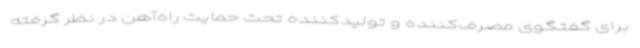
برای گفتگوی مصرف‌کننده و تولیدکننده تحت حمایت راه‌آهن در نظر گرفته